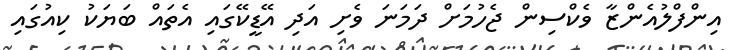
އިންފްލުއެންޒާ ވެކްސިން ޖެހުމަށް ދަމަނަ ވެށި އަދި އޭޑީކޭގައި އެތައް ބަޔަކު ކިއުގައި